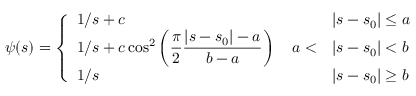
\psi ( s ) = \left\{ \begin{array} { l l } { 1 / s + c \quad } & { | s - s _ { 0 } | \le a } \\ { 1 / s + c \cos ^ { 2 } \left( \displaystyle { \frac { \pi } { 2 } \frac { | s - s _ { 0 } | - a } { b - a } } \right) \quad a < } & { | s - s _ { 0 } | < b } \\ { 1 / s \quad } & { | s - s _ { 0 } | \geq b } \end{array} \right.